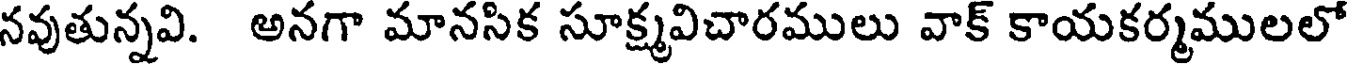
నవుతున్నవి. అనగా మానసిక సూక్ష్మవిచారములు వాక్ కాయకర్మములలో